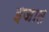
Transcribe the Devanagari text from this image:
इजात